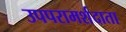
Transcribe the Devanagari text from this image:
उपपरामर्शदाता